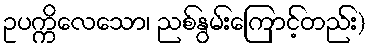
ဥပက္ကိလေသော၊ ညစ်နွမ်းကြောင့်တည်း)